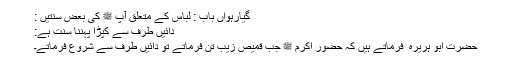
گیارہواں باب : لباس کے متعلق آپ ﷺ کی بعض سنتیں :
دائیں طرف سے کپڑا پہننا سنت ہے:
حضرت ابو ہریرہ ؓ فرماتے ہیں کہ حضور اکرم ﷺ جب قمیص زیب تن فرماتے تو دائیں طرف سے شروع فرماتے۔